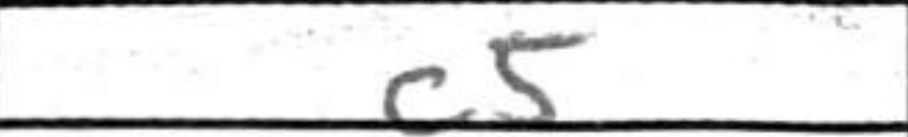
Transcription: c5